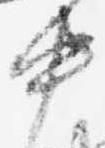
中